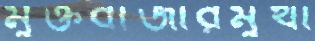
মুক্তবাজারমুখী